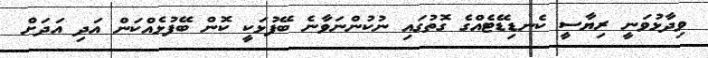
ވިދާޅުވަނީ ރިޔާސީ ކެނޑިޑޭޓެއްގެ ގޮތުގައި ނުކުންނަވާނެ ބޭފުޅަކީ ކޮން ބޭފުޅެއްކަން އަދި އަދަށް